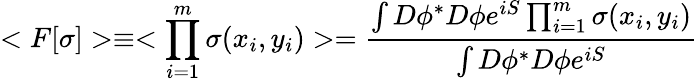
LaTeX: <F[\sigma]>\equiv<\prod_{i=1}^{m}\sigma(x_{i},y_{i})>={\frac{\int D\phi^{*}D\phi e^{iS}\prod_{i=1}^{m}\sigma(x_{i},y_{i})}{\int D\phi^{*}D\phi e^{iS}}}